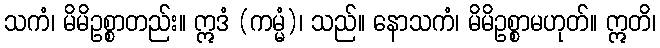
သကံ၊ မိမိဥစ္စာတည်း။ ဣဒံ (ကမ္မံ)၊ သည်။ နောသကံ၊ မိမိဥစ္စာမဟုတ်။ ဣတိ၊